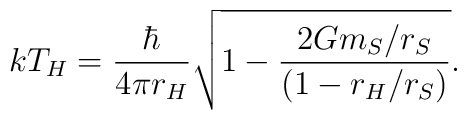
k T_H = {\hbar\over4\pi r_H}           \sqrt{1 - {2Gm_S/r_S\over(1-r_H/r_S)} }.